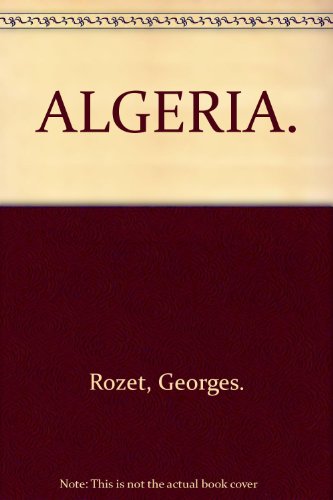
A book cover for Algeria; Georges Rozet; Travel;